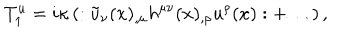
T _ { 1 } ^ { u } = i \kappa \left( : \tilde { u } _ { \nu } ( x ) _ { , \mu } h ^ { \mu \nu } ( x ) _ { , \rho } u ^ { \rho } ( x ) : + \ldots \right) ,